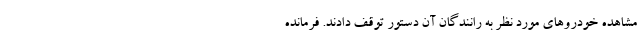
مشاهده خودروهای مورد نظر به رانندگان آن دستور توقف دادند. فرمانده